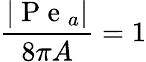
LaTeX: \frac{|\mathrm{~P~e~}_{a}|}{8\pi A}=1